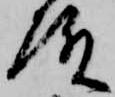
殿